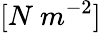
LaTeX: [N\ m^{-2}]